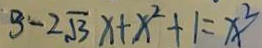
3 - 2 \sqrt { 3 } x + x ^ { 2 } + 1 = x ^ { 2 }